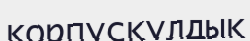
корпускулдық